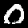
Digit: 0